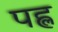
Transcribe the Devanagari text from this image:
पह्ल